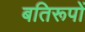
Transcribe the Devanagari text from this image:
बतिरूपों